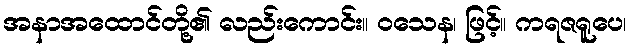
အနာအထောင်တို့၏ လည်းကောင်း။ ဝသေန၊ ဖြင့်။ ကရဇရူပေ၊